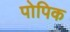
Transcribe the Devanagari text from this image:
पोपिक